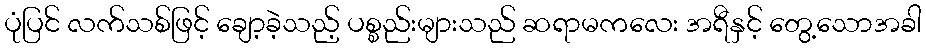
ပုံပြင် လက်သစ်ဖြင့် ချော့ခဲ့သည့် ပစ္စည်းများသည် ဆရာမကလေး အရီနှင့် တွေ့သောအခါ